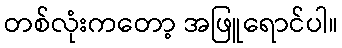
တစ်လုံးကတော့ အဖြူရောင်ပါ။